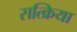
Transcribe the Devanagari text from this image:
सत्क्रिया